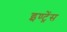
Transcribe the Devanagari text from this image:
इण्ट्रेंस